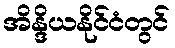
အိန္ဒိယနိုင်ငံတွင်